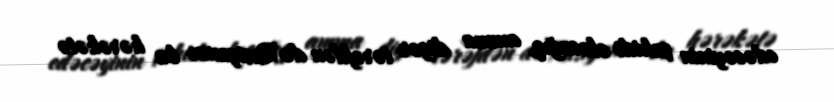
edəcəyinin şahidi olacağıq, amma digər tərəfdən də Rusiyanın bu hərəkətə